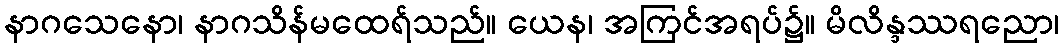
နာဂသေနော၊ နာဂသိန်မထေရ်သည်။ ယေန၊ အကြင်အရပ်၌။ မိလိန္ဒဿရညော၊